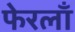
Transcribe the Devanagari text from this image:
फेरलाँ